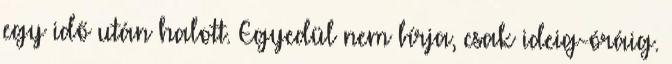
egy idő után halott. Egyedül nem bírja, csak ideig-óráig.